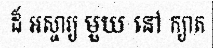
ដ៏ អស្ចារ្យ មួយ នៅ ក្យាត